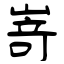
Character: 嵜